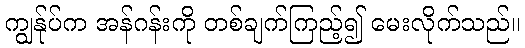
ကျွန်ုပ်က အန်ဂန်းကို တစ်ချက်ကြည့်၍ မေးလိုက်သည်။